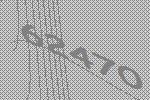
62470